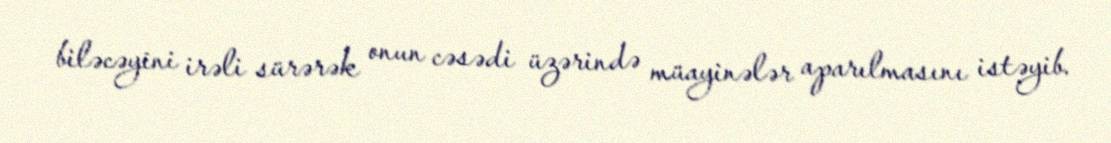
biləcəyini irəli sürərək onun cəsədi üzərində müayinələr aparılmasını istəyib.